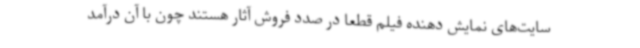
سایت‌های نمایش دهنده فیلم قطعا در صدد فروش آثار هستند چون با آن درآمد